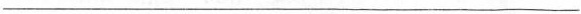
___